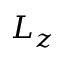
L _ { z }